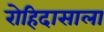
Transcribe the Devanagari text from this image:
रोहिदासाला